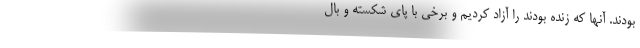
بودند. آنها كه زنده بودند را آزاد كرديم و برخي با پاي شكسته و بال